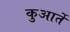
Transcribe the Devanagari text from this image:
कुआर्ते